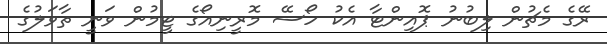
ރޭގެ މެޗުން ލިބުނު ޕޮއިންޓާ އެކު ހޯސޭ މޮރީނިއޯގެ ޓީމުން ވަނީ ތާވަލުގެ